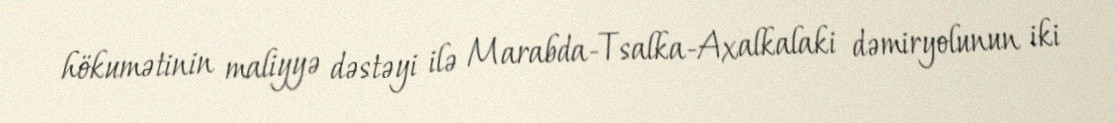
hökumətinin maliyyə dəstəyi ilə Marabda-Tsalka-Axalkalaki dəmiryolunun iki